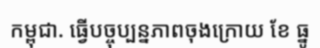
កម្ពុជា. ធ្វើបច្ចុប្បន្នភាពចុងក្រោយ ខែ ធ្នូ